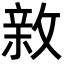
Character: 𢾉